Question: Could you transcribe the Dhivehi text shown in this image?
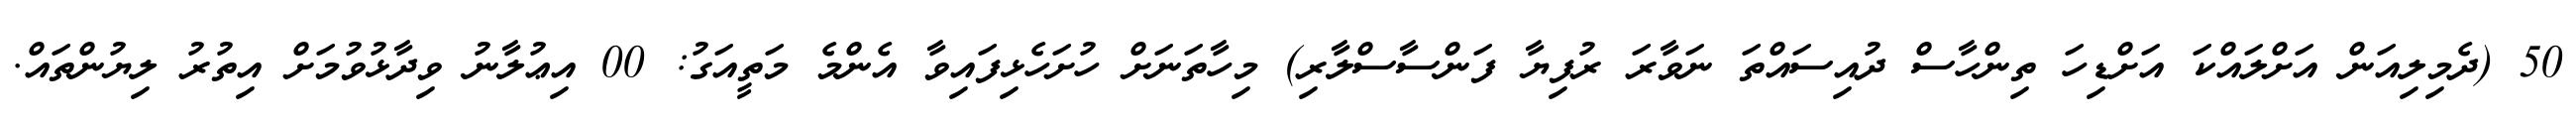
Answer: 50 (ދެމިލިއަން އަށްލައްކަ އަށްޑިހަ ތިންހާސް ދުއިސައްތަ ނަވާރަ ރުފިޔާ ފަންސާސްލާރި) މިހާތަނަށް ހުށަހެޅިފައިވާ އެންމެ މަތީއަގު: 00 އިޢުލާނު ވިދާޅުވުމަށް އިތުރު ލިޔުންތައް.